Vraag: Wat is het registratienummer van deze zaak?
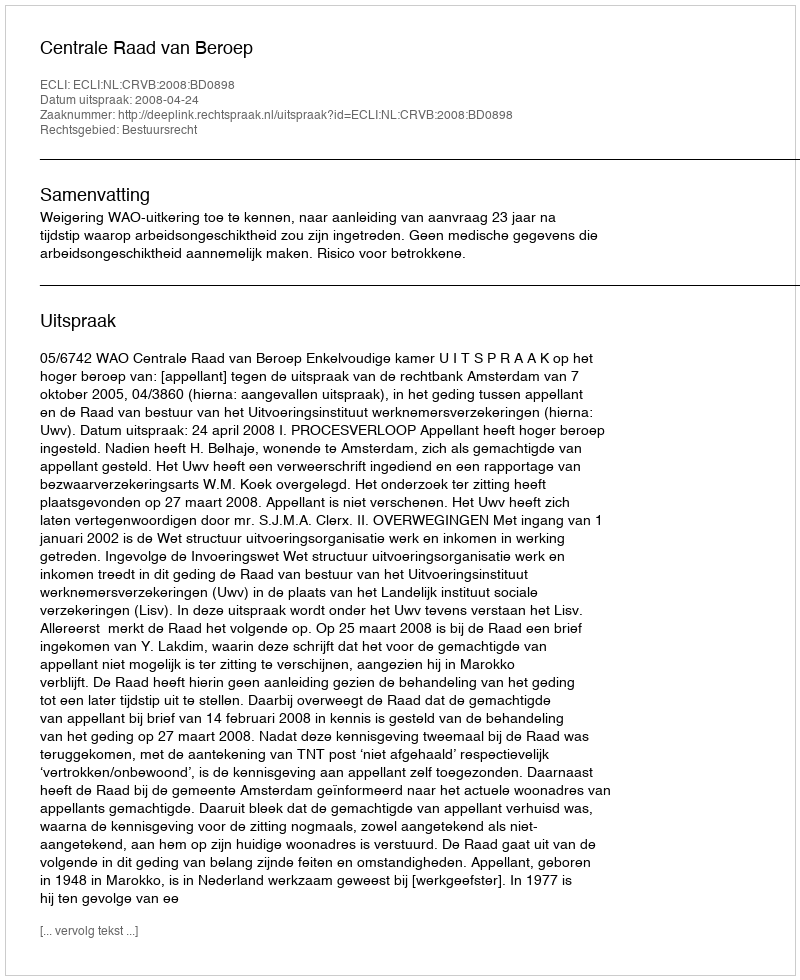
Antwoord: http://deeplink.rechtspraak.nl/uitspraak?id=ECLI:NL:CRVB:2008:BD0898